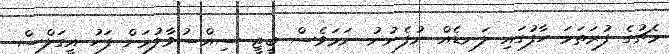
މެޗުގެ ފުރަތަމަ ހާފުގައި ލަނޑެއް ނުފެނުނު ނަމަވެސް ބީޖީ ސިއްސުވާލުމަށް ފަހު އީގަލްސް